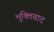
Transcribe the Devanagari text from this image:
भुक्तिवाद